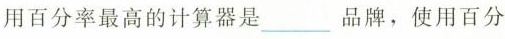
用百分率最高的计算器是___品牌，使用百分